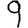
Digit: 9